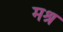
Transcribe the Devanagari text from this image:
मश्रू